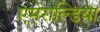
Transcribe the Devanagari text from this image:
एमेराल्डिया